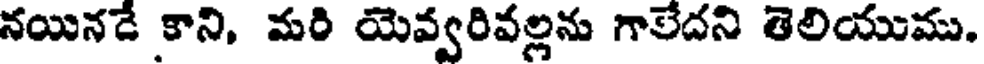
నయినడే కాని, మరి యెవ్వరివల్లను గాలేదని తెలియుము.